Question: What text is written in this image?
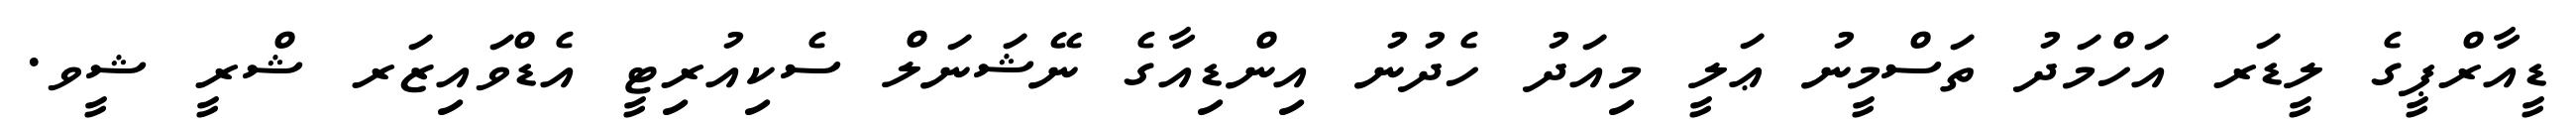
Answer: ޑީއާރްޕީގެ ލީޑަރ އަހްމަދު ތަސްމީނު ޢަލީ މިއަދު ހެދުނު އިންޑިއާގެ ނޭޝަނަލް ސެކިއުރިޓީ އެޑްވައިޒަރ ޝްރީ ޝީވ.